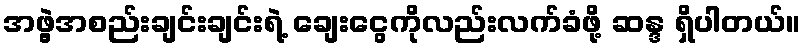
အဖွဲ့အစည်းချင်းချင်းရဲ့ ချေးငွေကိုလည်းလက်ခံဖို့ ဆန္ဒ ရှိပါတယ်။